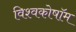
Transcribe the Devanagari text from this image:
विश्वकोषॉम